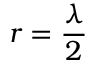
r = { \frac { \lambda } { 2 } }